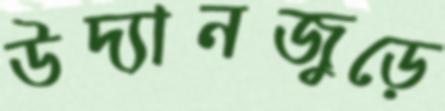
উদ্যানজুড়ে